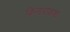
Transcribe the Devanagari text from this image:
किनाराकश